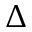
\Delta